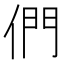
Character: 們